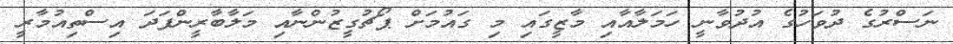
ނަސްރުގެ ދުވަހުގެ އުދުވާނީ ހަމަލާއާއި މާޒީގައި މި ގައުމަށް ޕޯޗުގީޒުންނާއި މަލާބާރީންފަދަ އިސްތިއުމާރީ